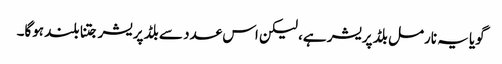
گویا یہ نارمل بلڈ پریشر ہے، لیکن اس عدد سے بلڈ پریشر جتنا بلند ہوگا۔